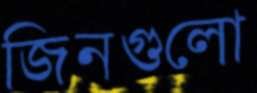
জিনগুলো